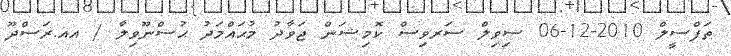
ތަފްސީލް 2010-12-06 ސިވިލް ސަރވިސް ކޮމިޝަން ޖަވާދު މުޙައްމަދު ޙުސްނޫވިލާ / އއ.ރަސްދޫ